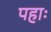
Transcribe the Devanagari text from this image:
पहाः